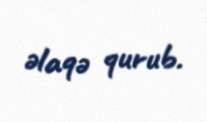
əlaqə qurub.